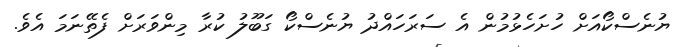
ޔުނެސްކޯއަށް ހުށަހެޅުމުން އެ ސަރަހައްދު ޔުނެސްކޯ ގަބޫލު ކުރާ މިންވަރަށް ފެތޭނަމަ އެވެ.